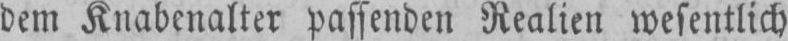
dem Knabenalter passenden Realien wesentlich